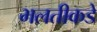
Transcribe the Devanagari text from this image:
भलतीकडे